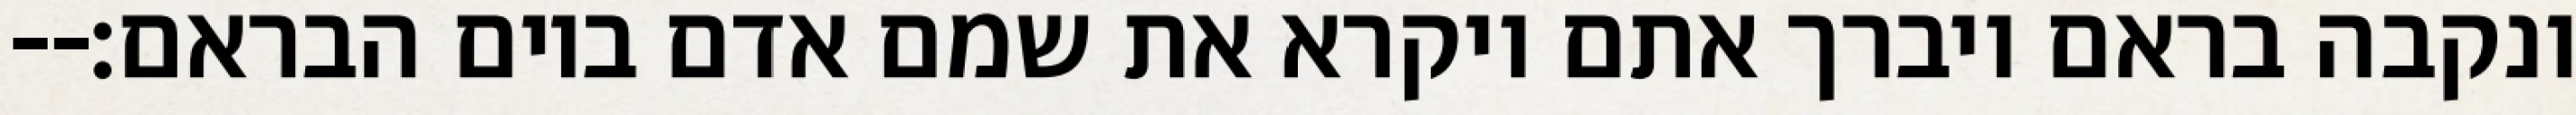
ונקבה בראם ויברך אתם ויקרא את שמם אדם ביום הבראם׃--